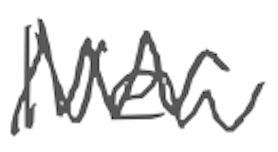
Text: New
Cross-out: zig-zag
Writing tool: digital_gray